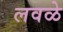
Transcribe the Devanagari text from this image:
लवळे